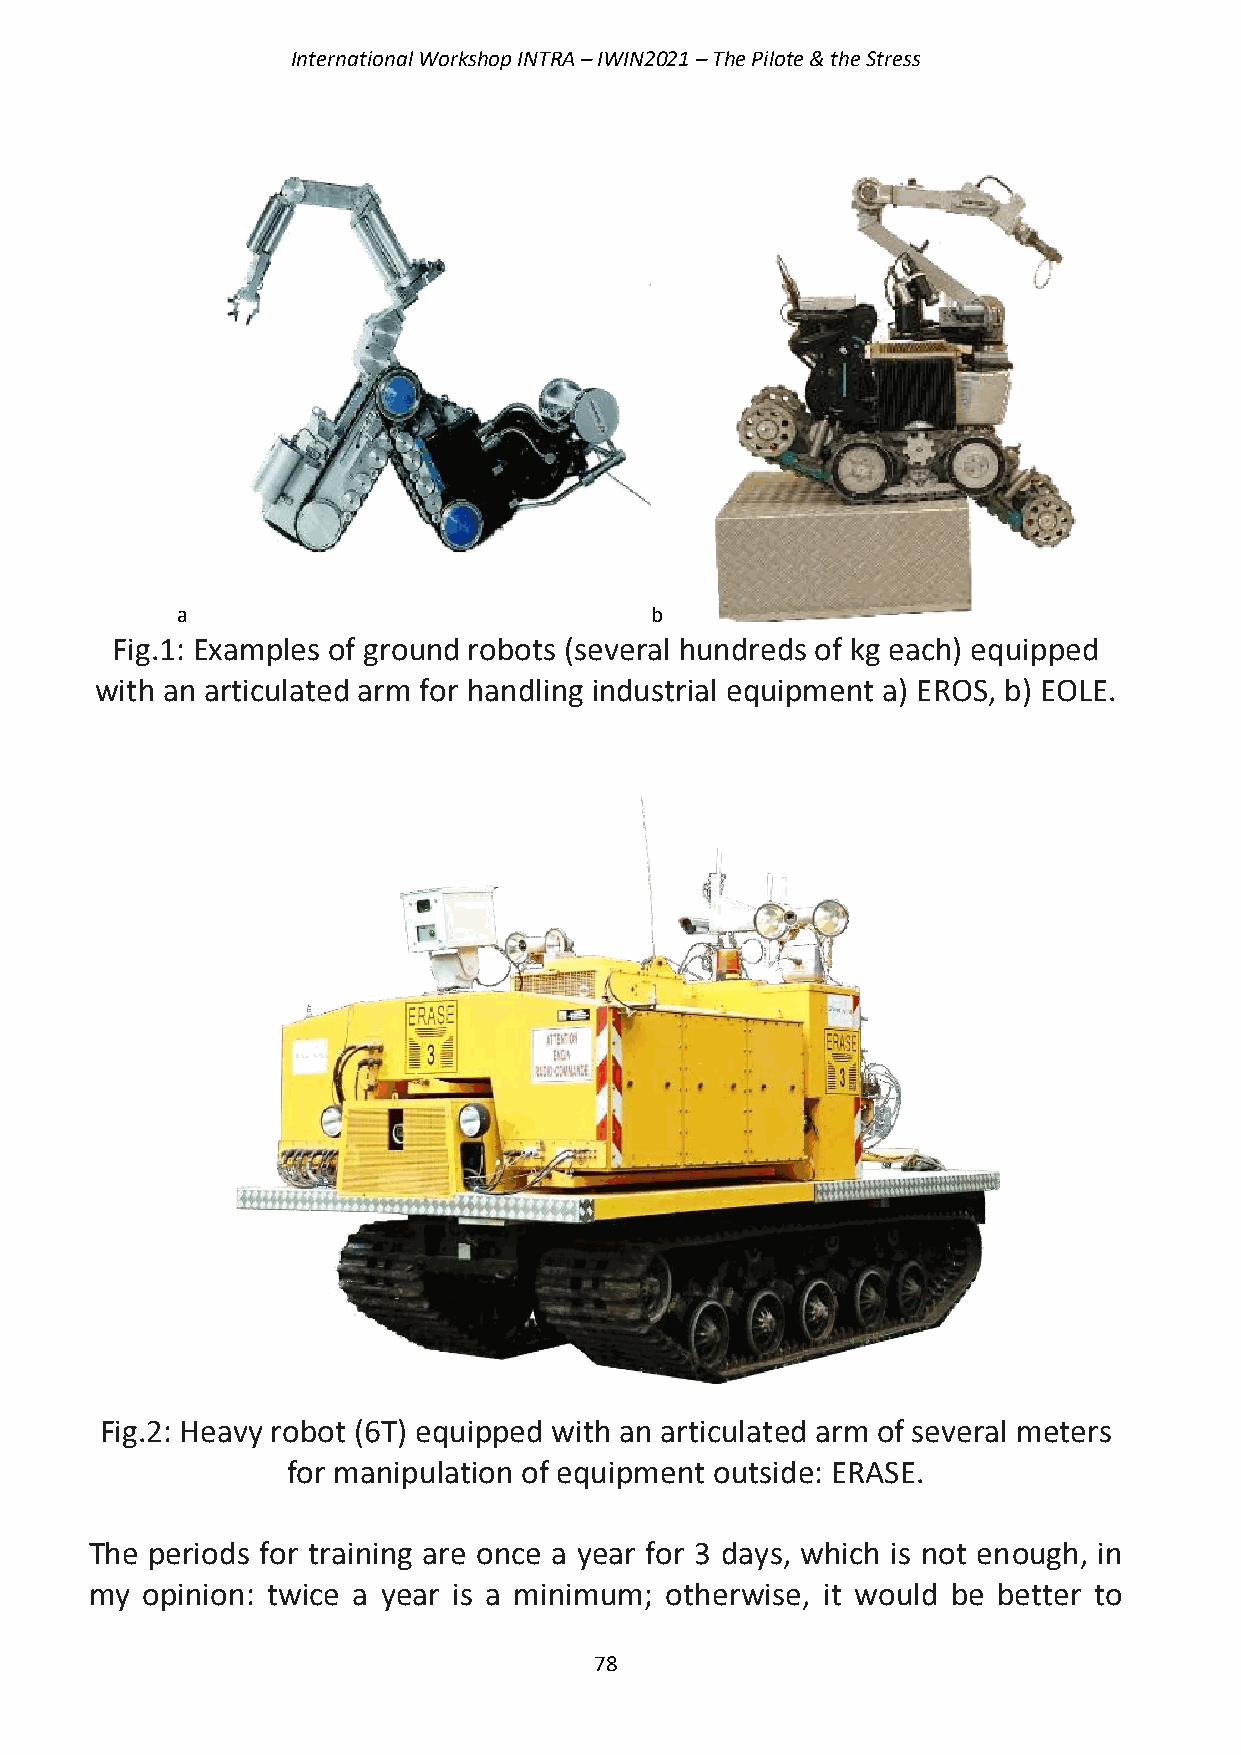
International Workshop INTRA – IWIN2021 – The Pilote & the Stress
 a                              b
 Fig.1: Examples of ground robots (several hundreds of kg each) equipped
 with an articulated arm for handling industrial equipment a) EROS, b) EOLE.
 Fig.2: Heavy robot (6T) equipped with an articulated arm of several meters
 for manipulation of equipment outside: ERASE.
 The periods for training are once a year for 3 days, which is not enough, in
 my opinion: twice a year is a minimum; otherwise, it would be better to
 78